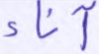
آناء